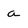
Character: a